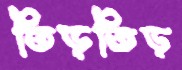
তিড়তিড়